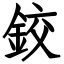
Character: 鉸